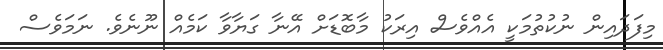
މިފަދައިން ނުކުތުމަކީ އެއްވެސް އިރަކު މާބޮޑަށް އޭނާ ގަޔާވާ ކަމެއް ނޫނެވެ. ނަމަވެސް